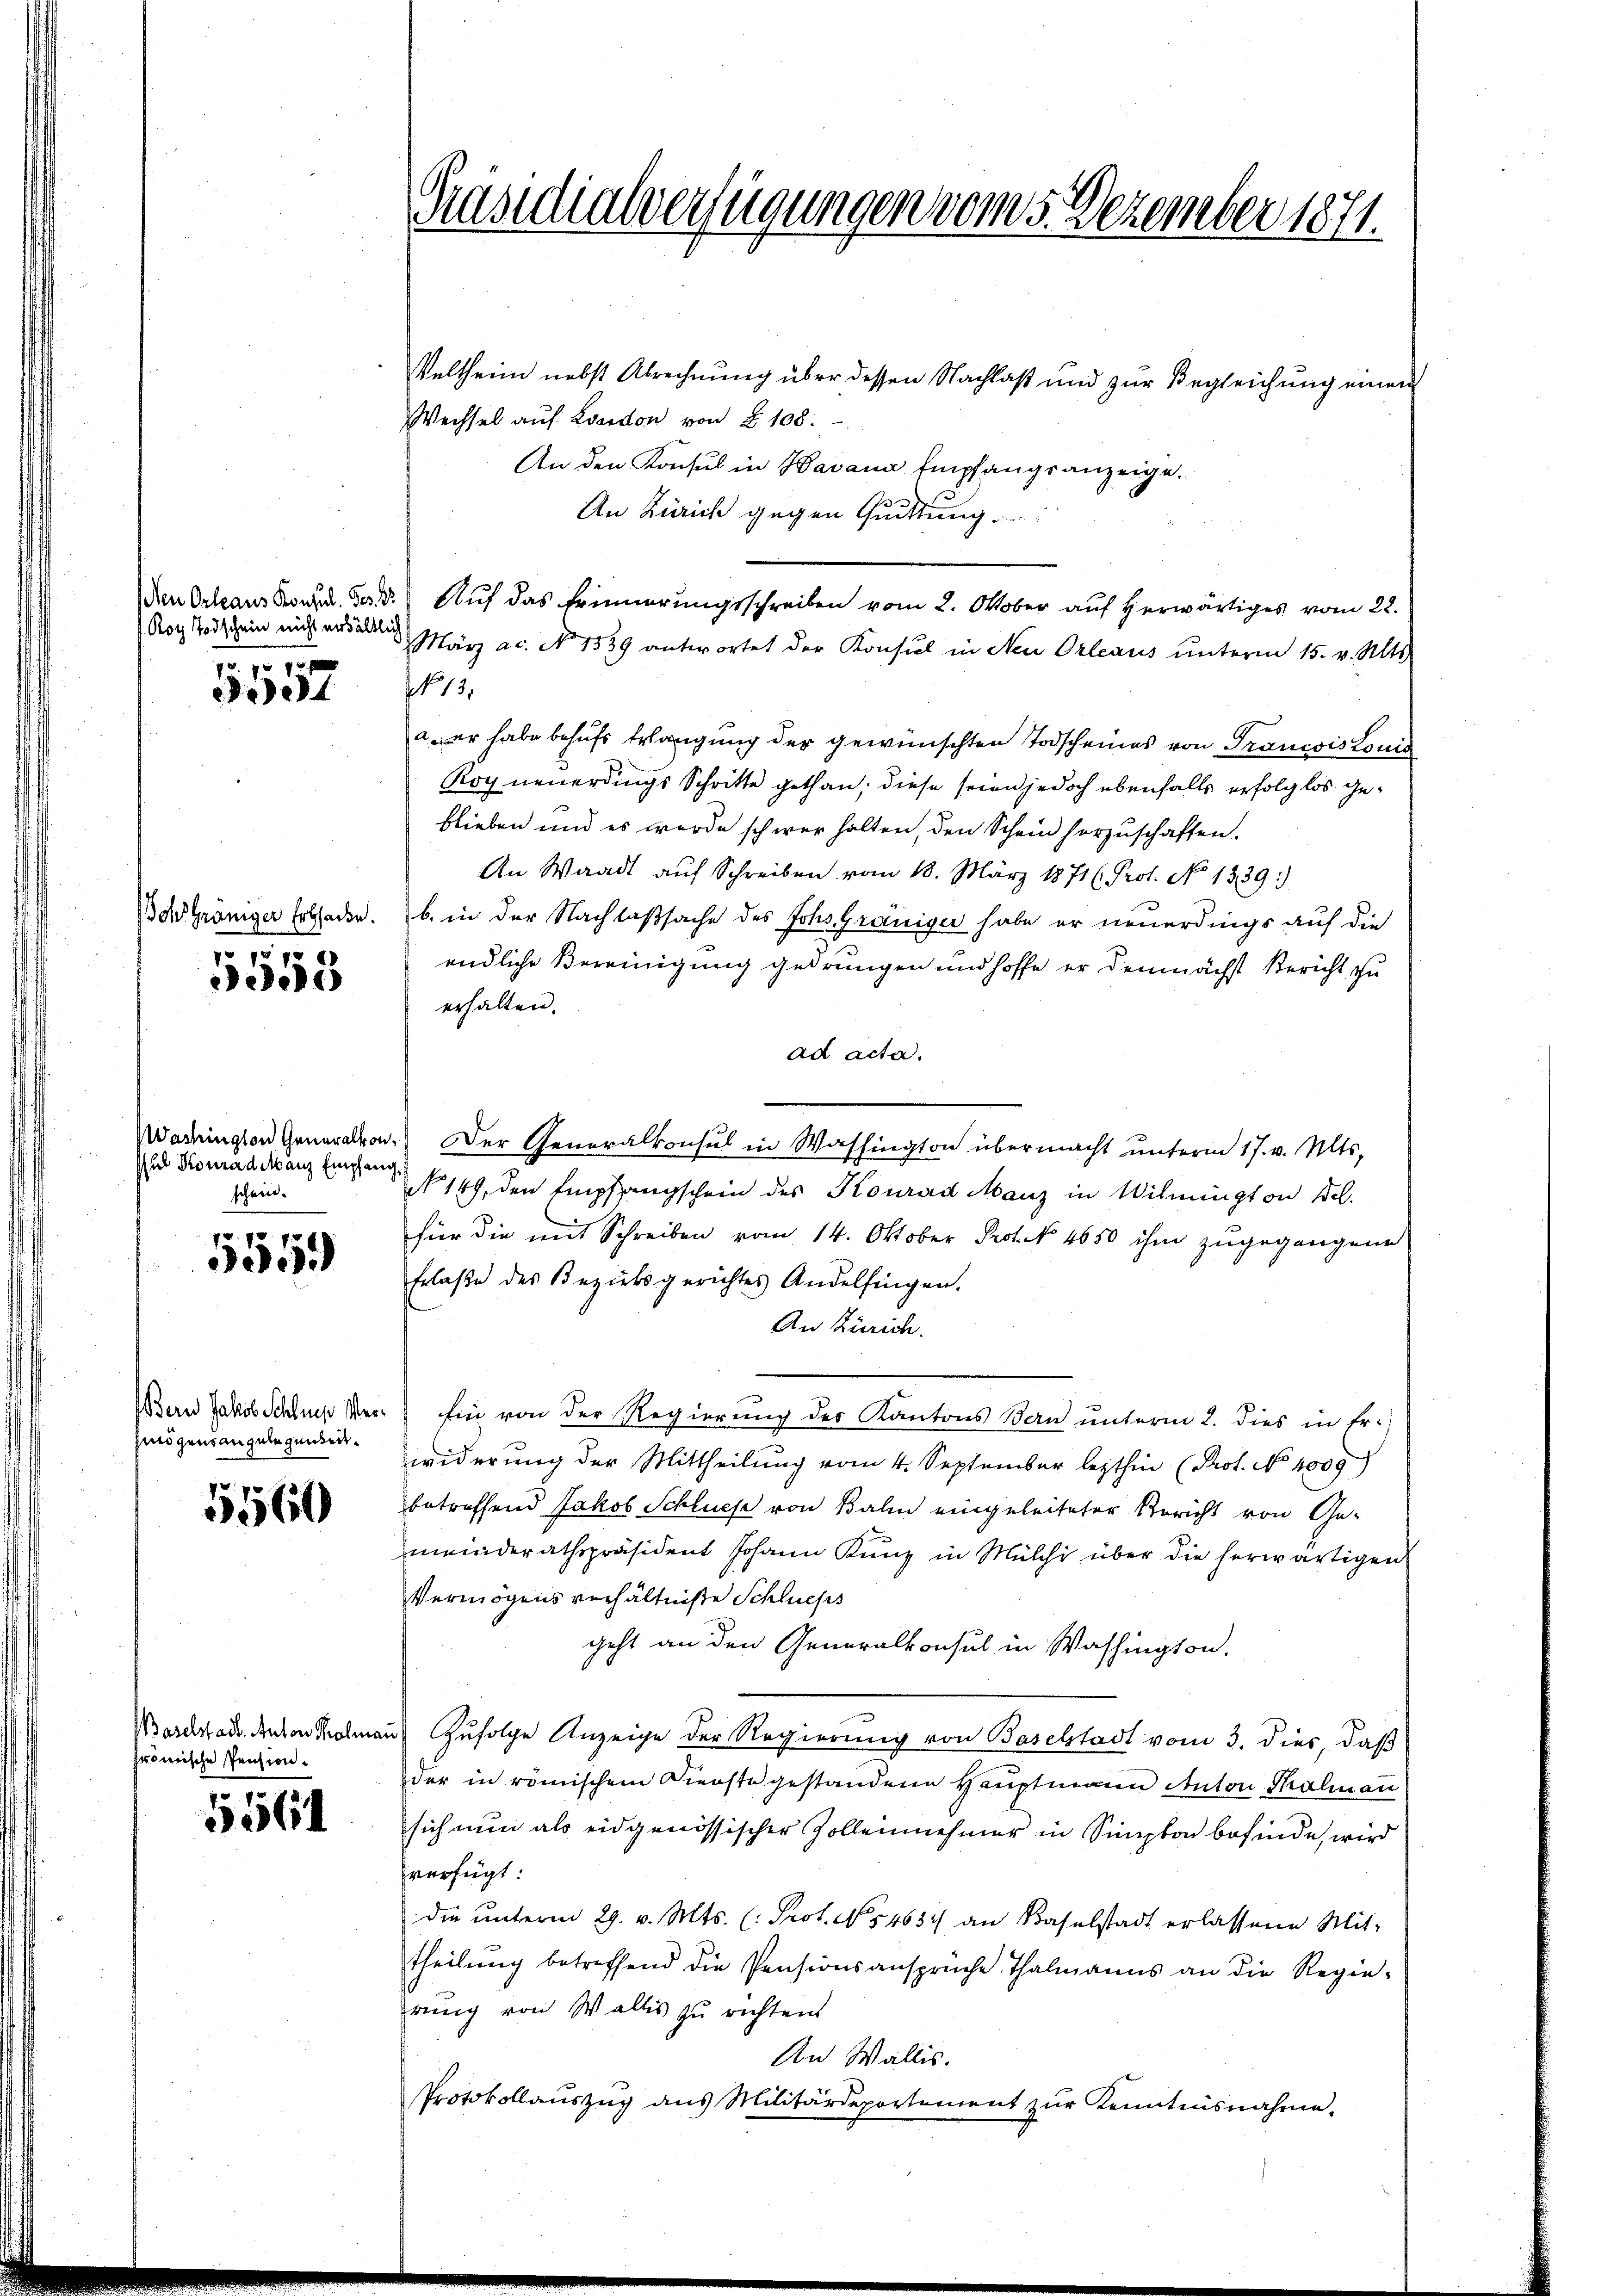
Roy Todschein nicht erhältlich

8 f 0 x
eet

oh Grüniger Erbhacke.

d
5505

sich Konraditanz Empfand
schein.

f 7 x
3de

Bern Jakob Schlues Vermögens angelegenden

55560

BBaselstadt. Anton Kolman
frömische Pension.

5561

Präsidialverfügungen vom 5. Dezember 1871.

Veltheim nebst Abrechnung über dessen Nachlaß und zur Begleichung einen
Wechsel auf London von § 108.
An den Konsul in Bavana Empfangsanzeige.
An Zürich gegen Quittung
en Orleans Sound. Der 3. Auf das Erinnerungsschreiben vom 2. Oktober auf herwärtiges vom 22.
März ac. No 1539 antwortet der Konsul in Neu Orleaus unterm 15. v. Mts.
NNo. 13.
a. Er habe behufs Erlangung der gewünschten Todscheines von Francois Louis
Rog neuerdings Schritte gethan, diese seien jedoch ebenfalls erfolglos geblieben und es wurde schwer halten, den Schein herzuschaffen.
An Waadt auf Schreiben vom 18. März 1871 ( Prof. No 1339)
b. in der Nachlaßsache des Johs. Graniger habe er neuerdings auf die
endliche Vereinigung gedrungen und hoffe er demnächst Bericht zu
erhalten.
ad acta.
adrington Generalen. Der Generalkonsul in Washington übermacht unterm 17. v. Mts.
No 149, den Empfangschein des Konrad Manz in Wilmington Bel.
für die mit Schreiben vom 14. Oktober Prof. No 4650 ihm zugegangene
Erlaße des Bezirksgerichtes Andelfingen.
An Zürich.
Ein von der Regierung des Kantons Bern unterm 2. dies in Er-
widerung der Mittheilung vom 4. September lezthin (Prot. No 1009)
betreffend Jakob Schlusse von Balin eingeleiteter Bericht von Gemeinderathspräsident Johann Kunz in Milchi über die herwärtigen
Vermögensverhältniße Schluess
geht an den Generalkonsul in Washington.
u zufolge Anzeige der Regierung von Baselstadt vom 3. dies, daß
der in römischem Dienste gestandene Hauptmann Anton Thalmann
sich nun als eidgenössischer Zollennehmer in Simpton befinde, wird
verfügt:
die ŭnterm 29. v. Mts. (: Prot. No. 54634 an Baselstadt erlassene Mit-
theilung betreffend die Pensionsansprüche Thalmanns an die Regierung von Wallis zu richten.
An Wallis.
Protokollauszug aus Militärdeportement zŭr Kenntnisnahme.